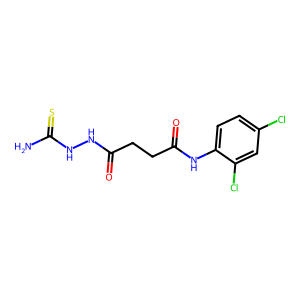
SMILES: NC(=S)NNC(=O)CCC(=O)Nc1ccc(Cl)cc1Cl
Inhibits HIV replication: No